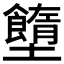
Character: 𡓷